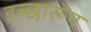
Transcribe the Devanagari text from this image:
इच्छारूप